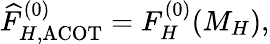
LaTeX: \widehat F_{H,\mathrm{ACOT}}^{(0)}=F_{H}^{(0)}(M_{H}),